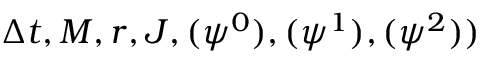
\Delta t , M , r , J , ( \psi ^ { 0 } ) , ( \psi ^ { 1 } ) , ( \psi ^ { 2 } ) )